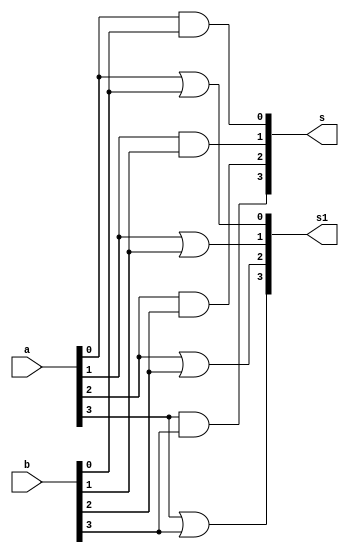
// ------------------------- 
// Exemplo0031 - F4 
// Nome: Rayan Darwin 
// ------------------------- 
// ------------------------- 
// f4_gate 
// ------------------------- 
module f4 (output [3:0] s, output [3:0] s1, input [3:0] a, input [3:0] b); 

		// descrever por portas
   	and AND1(s[0], a[0], b[0]);
   	and AND2(s[1], a[1], b[1]);
   	and AND3(s[2], a[2], b[2]);
   	and AND4(s[3], a[3], b[3]);

   	or OR1(s1[0], a[0], b[0]);
   	or OR2(s1[1], a[1], b[1]);
   	or OR3(s1[2], a[2], b[2]);
   	or OR4(s1[3], a[3], b[3]);

endmodule // f4 

module test_f4; 

// ------------------------- definir dados 
 reg [3:0] x; 
 reg [3:0] y; 
 wire [3:0] z;
 wire [3:0] z1;
 
 f4 modulo (z,z1,x,y);

// ------------------------- parte principal 
initial begin 
	//----------------------- identificar
	$display("Exemplo0031 - Rayan Darwin - 412770"); 
	$display("Test LU's module"); 
	
	x = 4'b0011; y = 4'b0101; 
	
	// projetar testes do modulo 
	#1 $monitor("%3b %3b %3b %3b",x,y,z,z1); 
end 
endmodule // test_f4